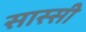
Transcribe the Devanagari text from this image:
सास्सी